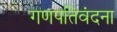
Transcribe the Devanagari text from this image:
गणपतिवंदना